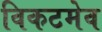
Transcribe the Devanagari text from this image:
विकटमेव